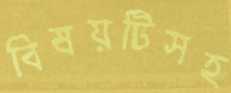
বিষয়টিসহ